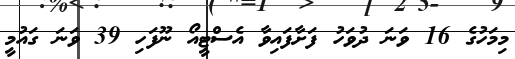
މިމަހުގެ 16 ވަނަ ދުވަހު ފަށާފައިވާ އެސްޓީއޯ ނޫފަހި 39 ވަނަ ގައުމީ